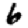
Digit: 6